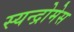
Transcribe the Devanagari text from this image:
स्यन्द्रोमेस